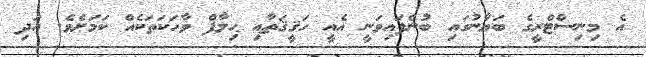
އެ މިނިިސްޓްރީގެ ބަޔާނުގައި ބުނެފައިވަނީ އެއީ ހަޤީޤަތާއި ޙިލާފް ވާހަކަތަކެއް ކަމަށެވެ. އަދި